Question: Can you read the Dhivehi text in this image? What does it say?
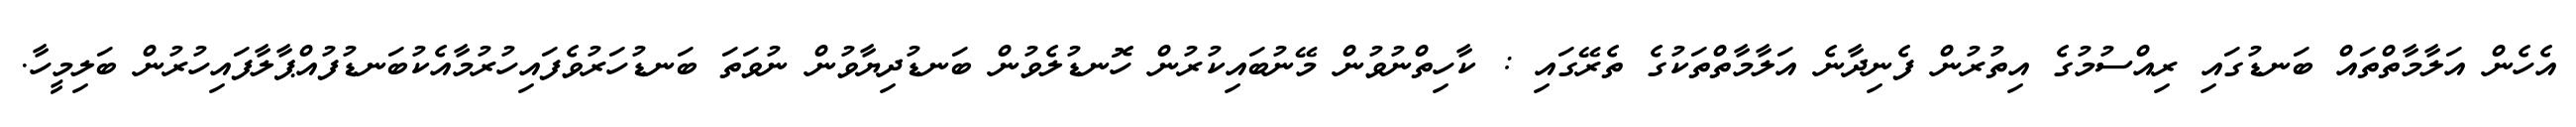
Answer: އެހެން އަލާމާތްތައް ބަނޑުގައި ރިއްސުމުގެ އިތުރުން ފެނިދާނެ އަލާމާތްތަކުގެ ތެރޭގައި : ކާހިތްނުވުން މޭނުބައިކުރުން ހޮނޑުލެވުން ބަނޑުދިޔާވުން ނުވަތަ ބަނޑުހަރުވެފައިހުރުމާއެކުބަނޑުފުއްޕާލާފައިހުރުން ބަލިމީހާ.